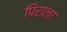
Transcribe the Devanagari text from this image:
पिराला